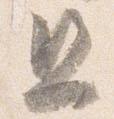
且